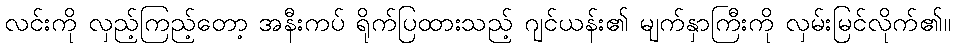
လင်းကို လှည့်ကြည့်တော့ အနီးကပ် ရိုက်ပြထားသည့် ဂျင်ယန်း၏ မျက်နှာကြီးကို လှမ်းမြင်လိုက်၏။